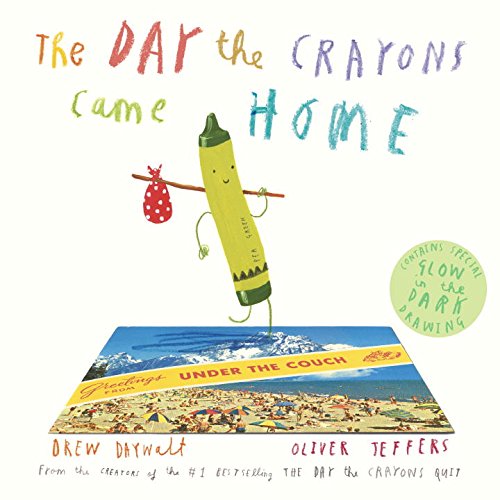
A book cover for The Day the Crayons Came Home; Drew Daywalt; Children's Books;